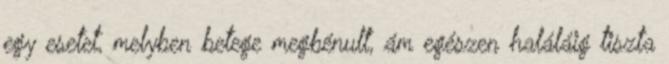
egy esetet, melyben betege megbénult, ám egészen haláláig tiszta